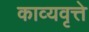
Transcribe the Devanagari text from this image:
काव्यवृत्ते